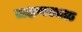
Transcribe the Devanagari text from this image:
लक्षणस्थळ